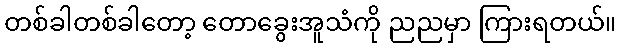
တစ်ခါတစ်ခါတော့ တောခွေးအူသံကို ညညမှာ ကြားရတယ်။